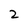
Character: 2